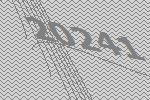
20241